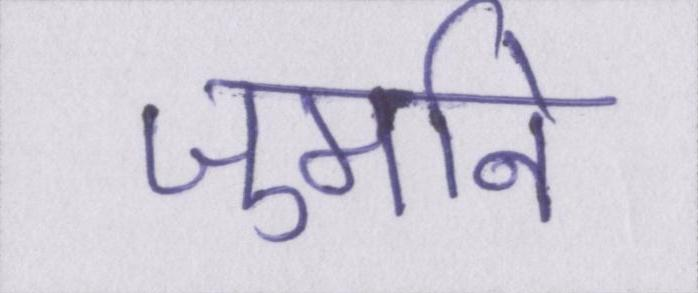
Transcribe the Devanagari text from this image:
जुर्माने